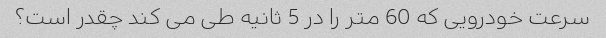
سرعت خودرویی که 60 متر را در 5 ثانیه طی می کند چقدر است؟